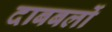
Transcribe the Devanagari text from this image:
दाबबलों